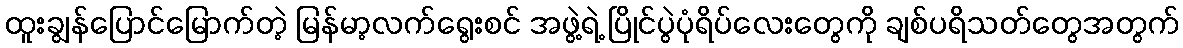
ထူးချွန်ပြောင်မြောက်တဲ့ မြန်မာ့လက်ရွေးစင် အဖွဲ့ရဲ့ ပြိုင်ပွဲပုံရိပ်လေးတွေကို ချစ်ပရိသတ်တွေအတွက်